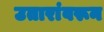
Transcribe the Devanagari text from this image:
उतारांवरून